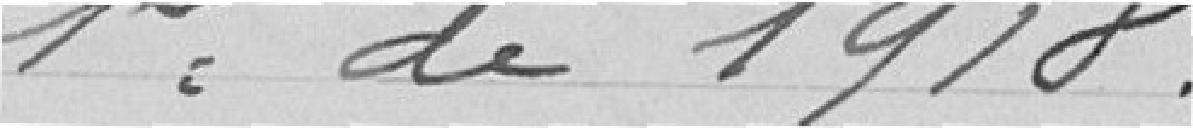
1er de 1918